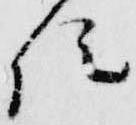
位